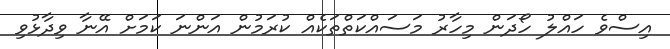
އިސްވެ ހައްލު ހޯދަން މިހާރު މަސައްކަތްތަކެއް ކުރަމުން އަންނަ ކަމަށް އޭނާ ވިދާޅުވި